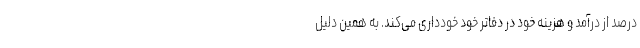
درصد از درآمد و هزینه خود در دفاتر خود خودداری می‌کند. به همین دلیل